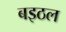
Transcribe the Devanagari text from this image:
बइठल